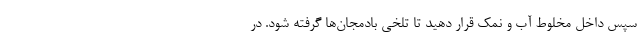
سپس داخل مخلوط آب و نمک قرار دهید تا تلخی بادمجان‌ها گرفته شود. در